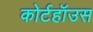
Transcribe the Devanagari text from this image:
कोर्टहॉउस